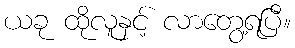
ယခု ထိုလူနှင့် လာတွေ့ရပြီ။